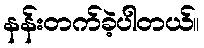
နန်းတက်ခဲ့ပါတယ်။